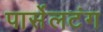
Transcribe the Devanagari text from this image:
पार्सेलटंग